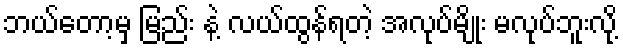
ဘယ်တော့မှ မြည်း နဲ့ လယ်ထွန်ရတဲ့ အလုပ်မျိုး မလုပ်ဘူးလို့